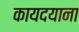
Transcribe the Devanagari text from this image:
कायदयाना